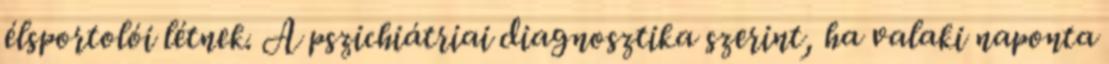
élsportolói létnek. A pszichiátriai diagnosztika szerint, ha valaki naponta